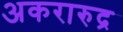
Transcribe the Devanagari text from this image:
अकरारुद्र